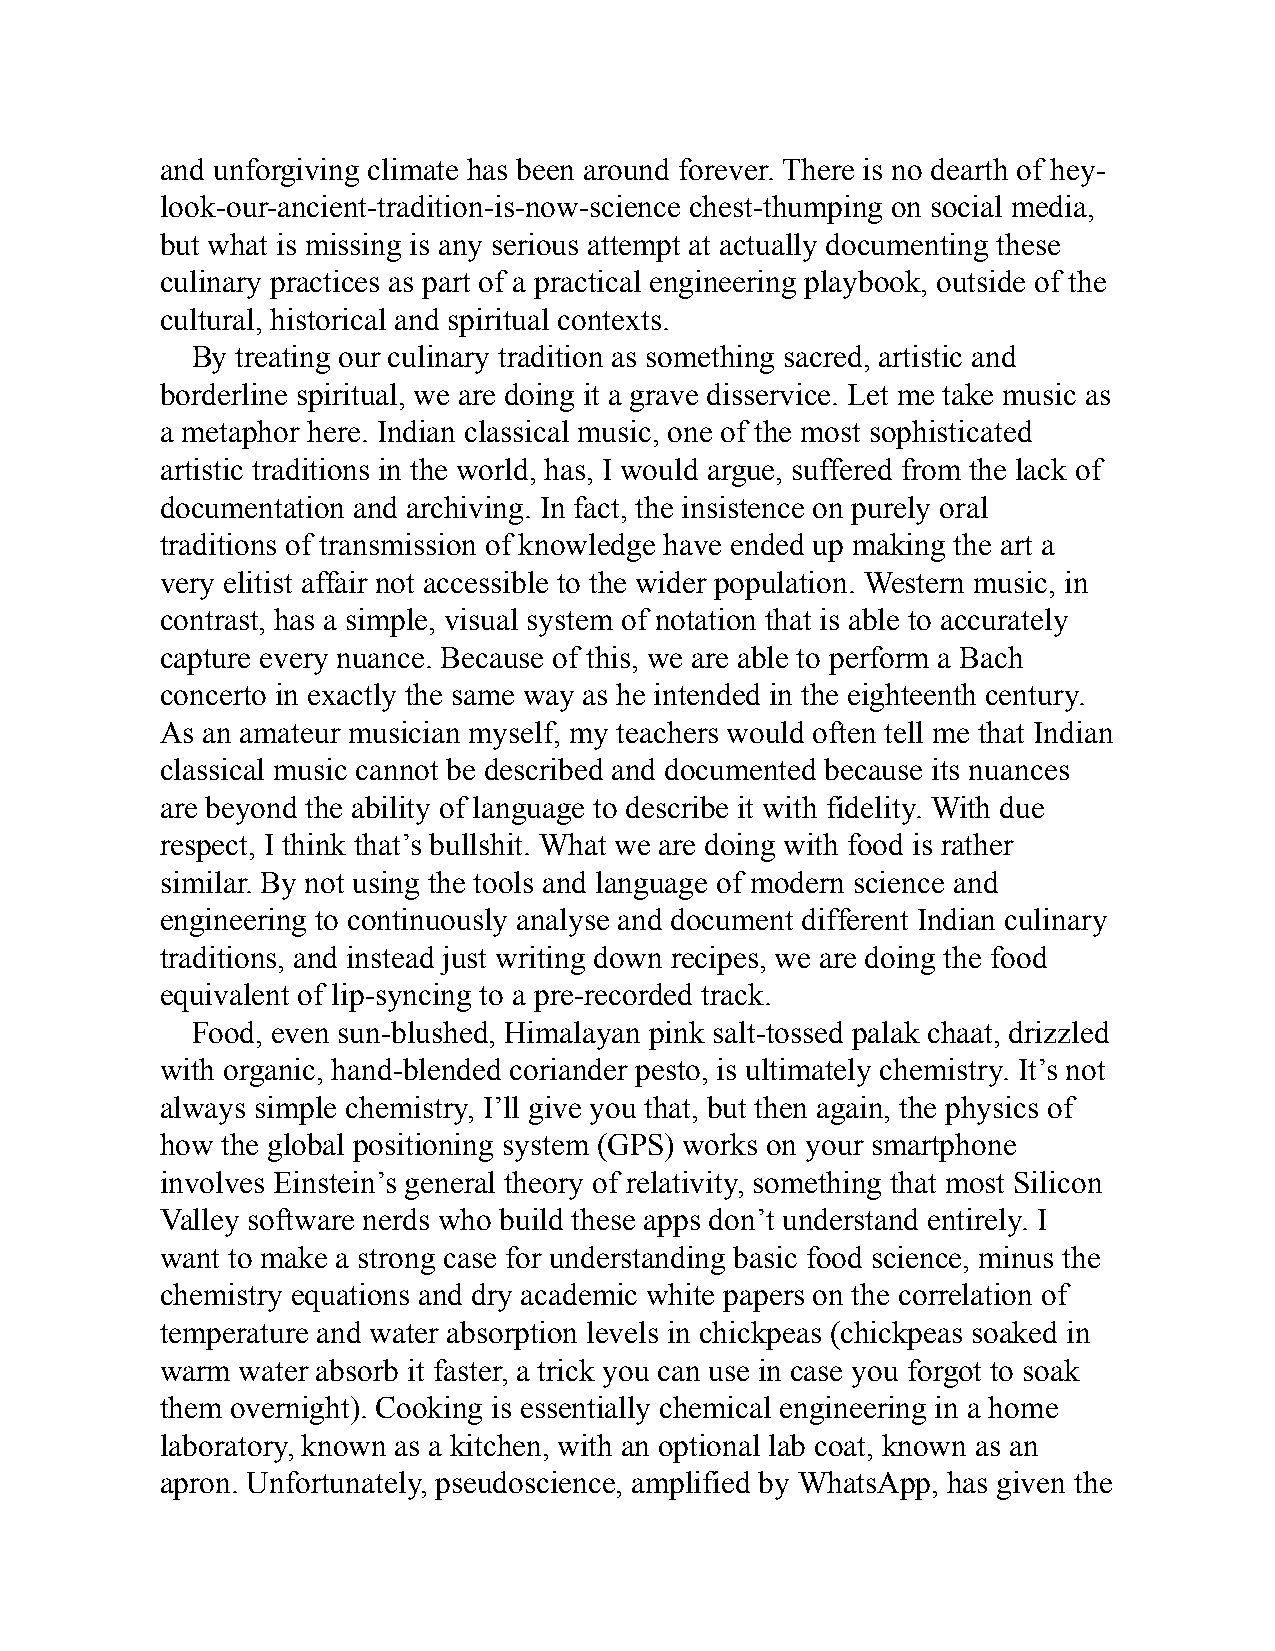
and unforgiving climate has been around forever. There is no dearth of hey-
 look-our-ancient-tradition-is-now-science chest-thumping on social media,
 but what is missing is any serious attempt at actually documenting these
 culinary practices as part of a practical engineering playbook, outside of the
 cultural, historical and spiritual contexts.
 By treating our culinary tradition as something sacred, artistic and
 borderline spiritual, we are doing it a grave disservice. Let me take music as
 a metaphor here. Indian classical music, one of the most sophisticated
 artistic traditions in the world, has, I would argue, suffered from the lack of
 documentation and archiving. In fact, the insistence on purely oral
 traditions of transmission of knowledge have ended up making the art a
 very elitist affair not accessible to the wider population. Western music, in
 contrast, has a simple, visual system of notation that is able to accurately
 capture every nuance. Because of this, we are able to perform a Bach
 concerto in exactly the same way as he intended in the eighteenth century.
 As an amateur musician myself, my teachers would often tell me that Indian
 classical music cannot be described and documented because its nuances
 are beyond the ability of language to describe it with fidelity. With due
 respect, I think that’s bullshit. What we are doing with food is rather
 similar. By not using the tools and language of modern science and
 engineering to continuously analyse and document different Indian culinary
 traditions, and instead just writing down recipes, we are doing the food
 equivalent of lip-syncing to a pre-recorded track.
 Food, even sun-blushed, Himalayan pink salt-tossed palak chaat, drizzled
 with organic, hand-blended coriander pesto, is ultimately chemistry. It’s not
 always simple chemistry, I’ll give you that, but then again, the physics of
 how the global positioning system (GPS) works on your smartphone
 involves Einstein’s general theory of relativity, something that most Silicon
 Valley software nerds who build these apps don’t understand entirely. I
 want to make a strong case for understanding basic food science, minus the
 chemistry equations and dry academic white papers on the correlation of
 temperature and water absorption levels in chickpeas (chickpeas soaked in
 warm water absorb it faster, a trick you can use in case you forgot to soak
 them overnight). Cooking is essentially chemical engineering in a home
 laboratory, known as a kitchen, with an optional lab coat, known as an
 apron. Unfortunately, pseudoscience, amplified by WhatsApp, has given the